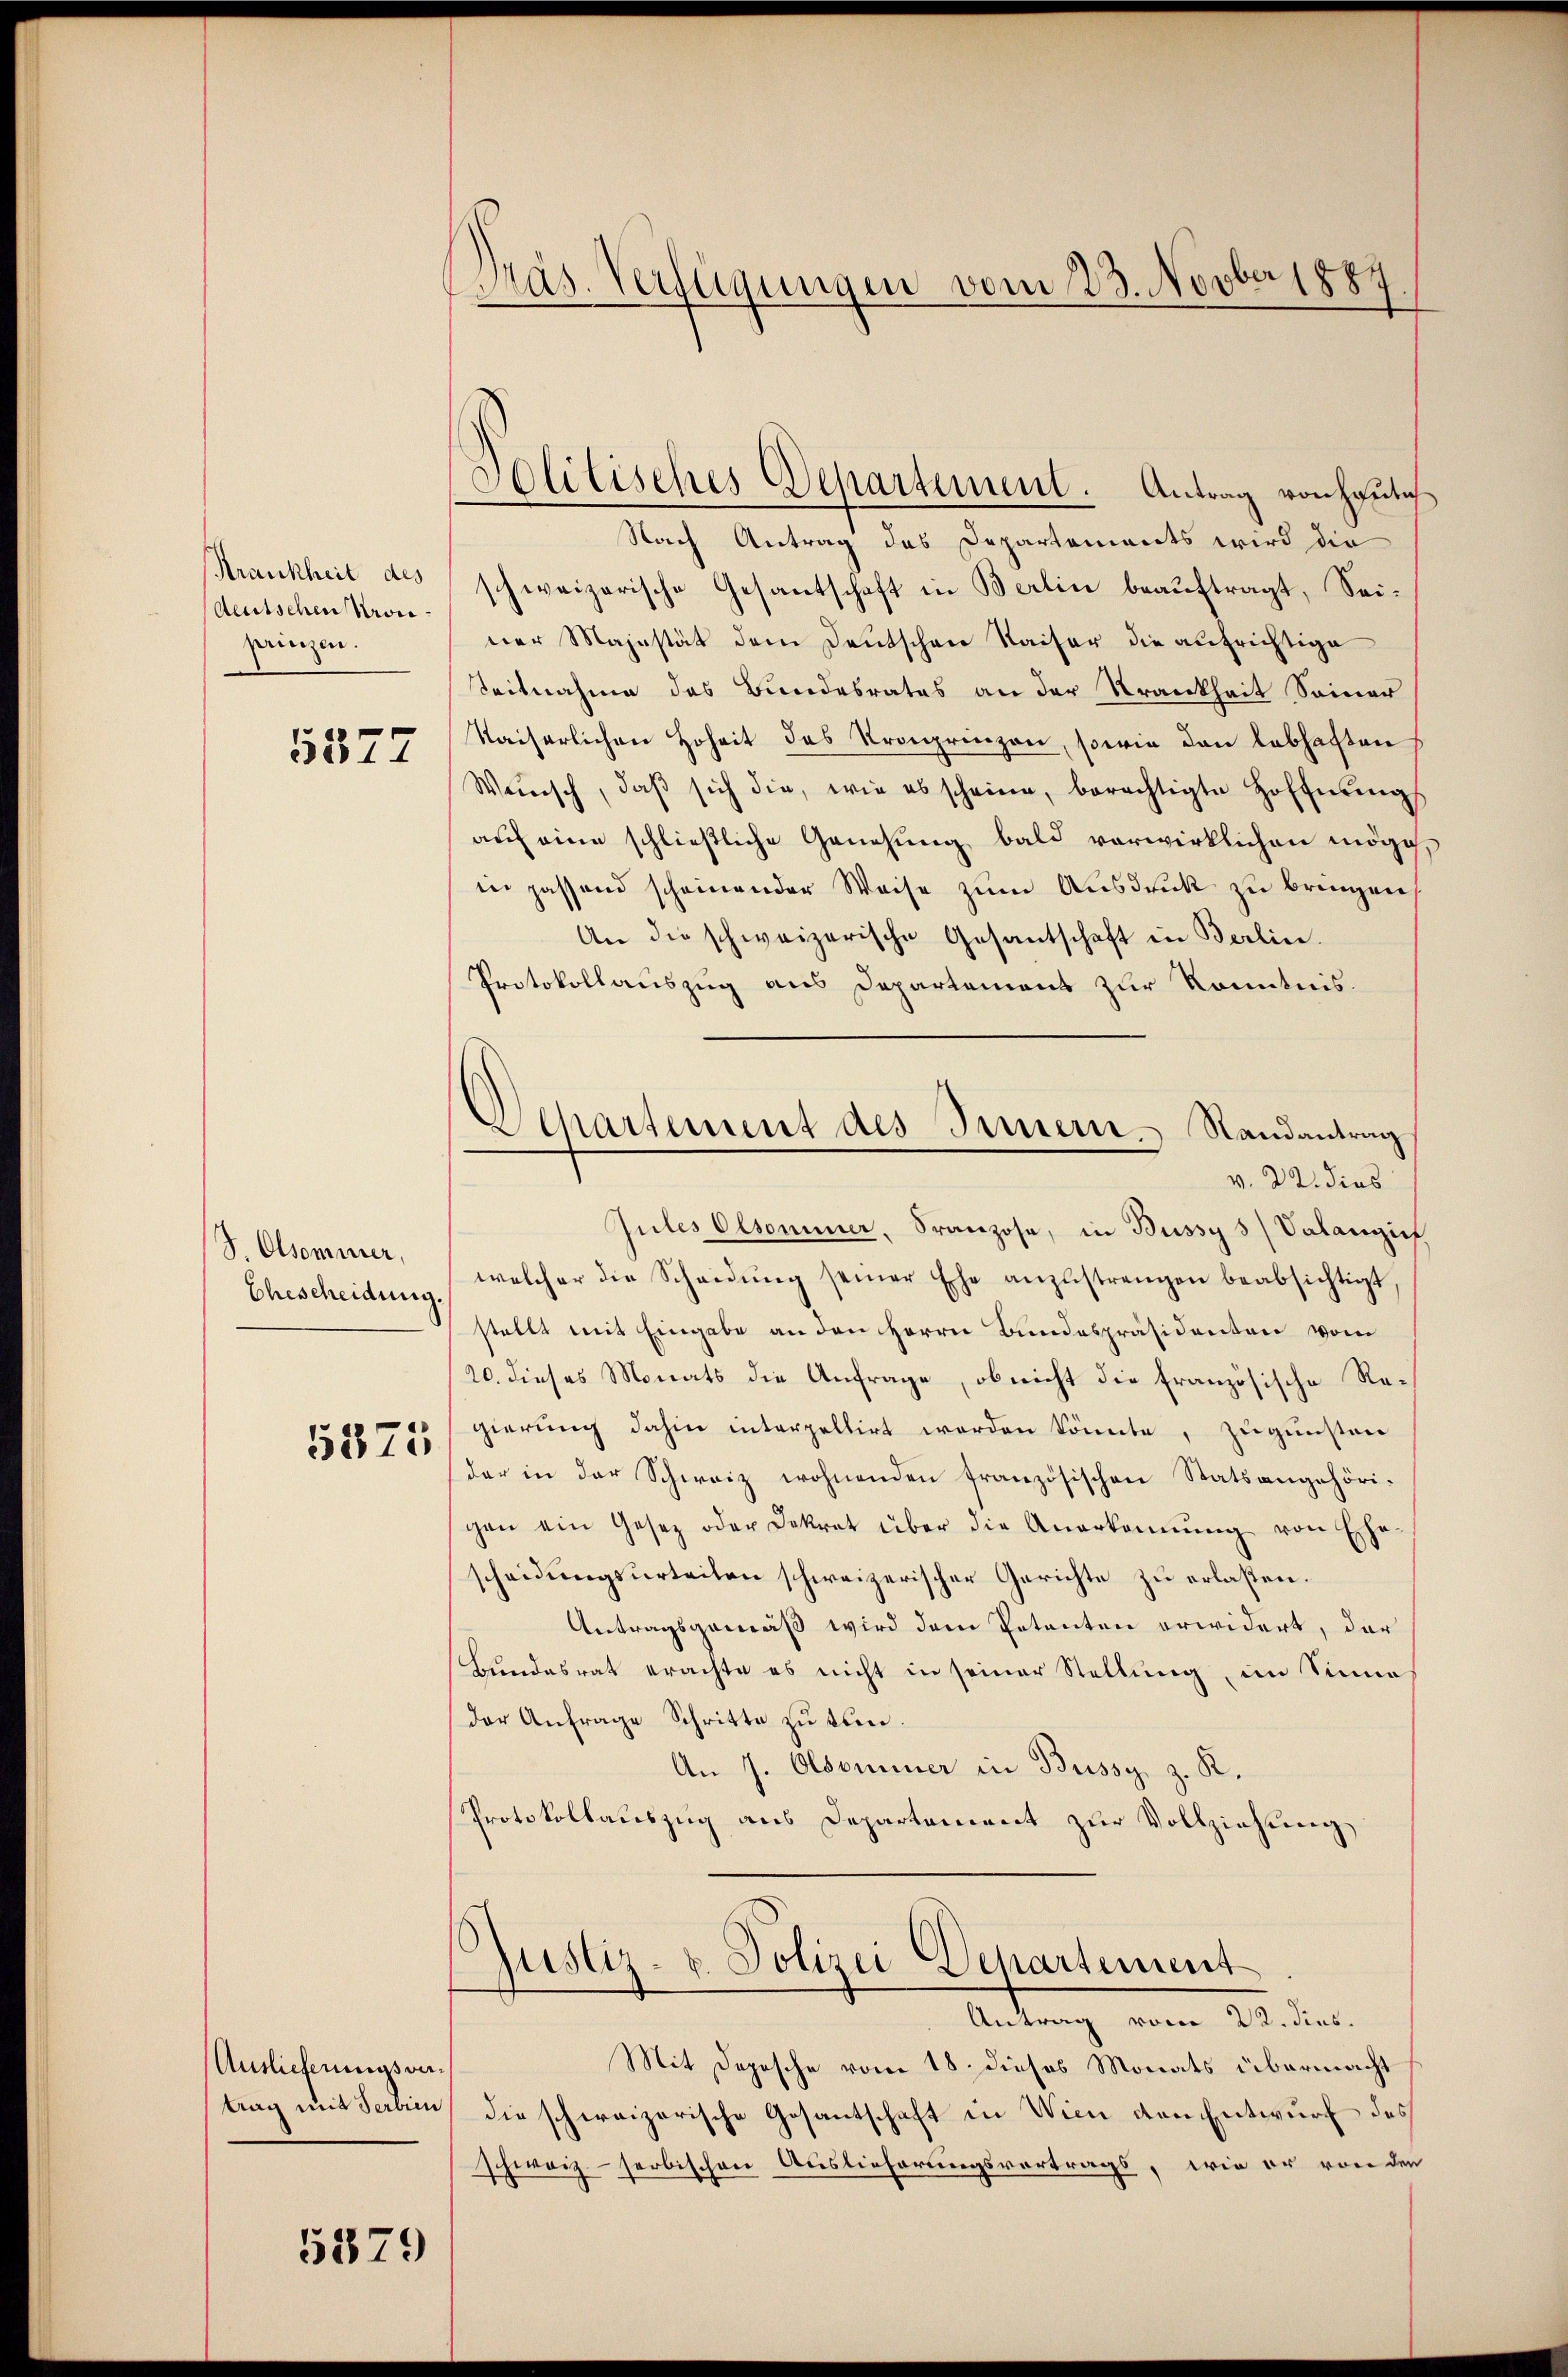
Krankheit des
deutschen Krone
prinzen.
5877

J. Olsommer,
Ehescheidung.

5375

Auslieferungsvatrag mit Serbien

5379

Pras. Verfügungen vom 23. Novber 1884

Solitisches Departement. Antrag von heutig

Nach Antrag des Departements wird die
schweizerische Gesandtschaft in Berlin beauftragt, Seiner Majestät dem Deutschen Kaiser die aufrichtige
Seitnahme des Bundesrates an der Krankheit Seiner
Kaiserlichen Hoheit des Kronprinzen, sowie den lebhaften
Wünsch, daβ sich die, wie es scheine, berechtigte Hoffnŭng
auf eine schließliche Genehmig bald vorwirklichen möge
in passend scheinender Weise zum Ausdruck zu bringen,
An die schweizerische Gesantschaft in Berlin.
Protokollauszug aus Departement zur Kenntnis.
v. 22. dies
Gutes Olsommer, Franzose, in Bussy 3 Valanzie
welcher die Scheidŭng seiner Ehe anzustrengen beabsichtigt
stellt mit Eingabe an den Herrn Bundespräsidenten vom
20. dieses Monats die Anfrage, ob nicht die französische Regierung dahin interpellirt worden könnte, zugunsten
der in der Schweiz wohnenden französischen Statsangehörigen ein Gesetz oder Dekret über die Anerkannŭng von Ehe-
scheidungsurteilen schweizerischer Gerichte zu erlassen.
Antragsgemäß wird dem Petenten erwidert, der
Bundesrat erachte es nicht in seiner Stellung, im Sinne
der Anfrage Schritte zu tun.
An 7. Olsominer in Bussy, z. K.
Protokollauszug aus Departement zur Vollziehung
Justiz- u. Polizei Departement
Antrag vom 22. Jius.
Mit Depesche vom 18. dieses Monats übermacht
die schweizerische Gesantschaft in Wien den Entwurf des
schweiz - serbischen Auslieferungsvortrags, wie er von den

Departement des Innern Randantrag